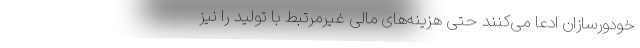
خودورسازان ادعا می‌کنند حتی هزینه‌های مالی غیرمرتبط با تولید را نیز